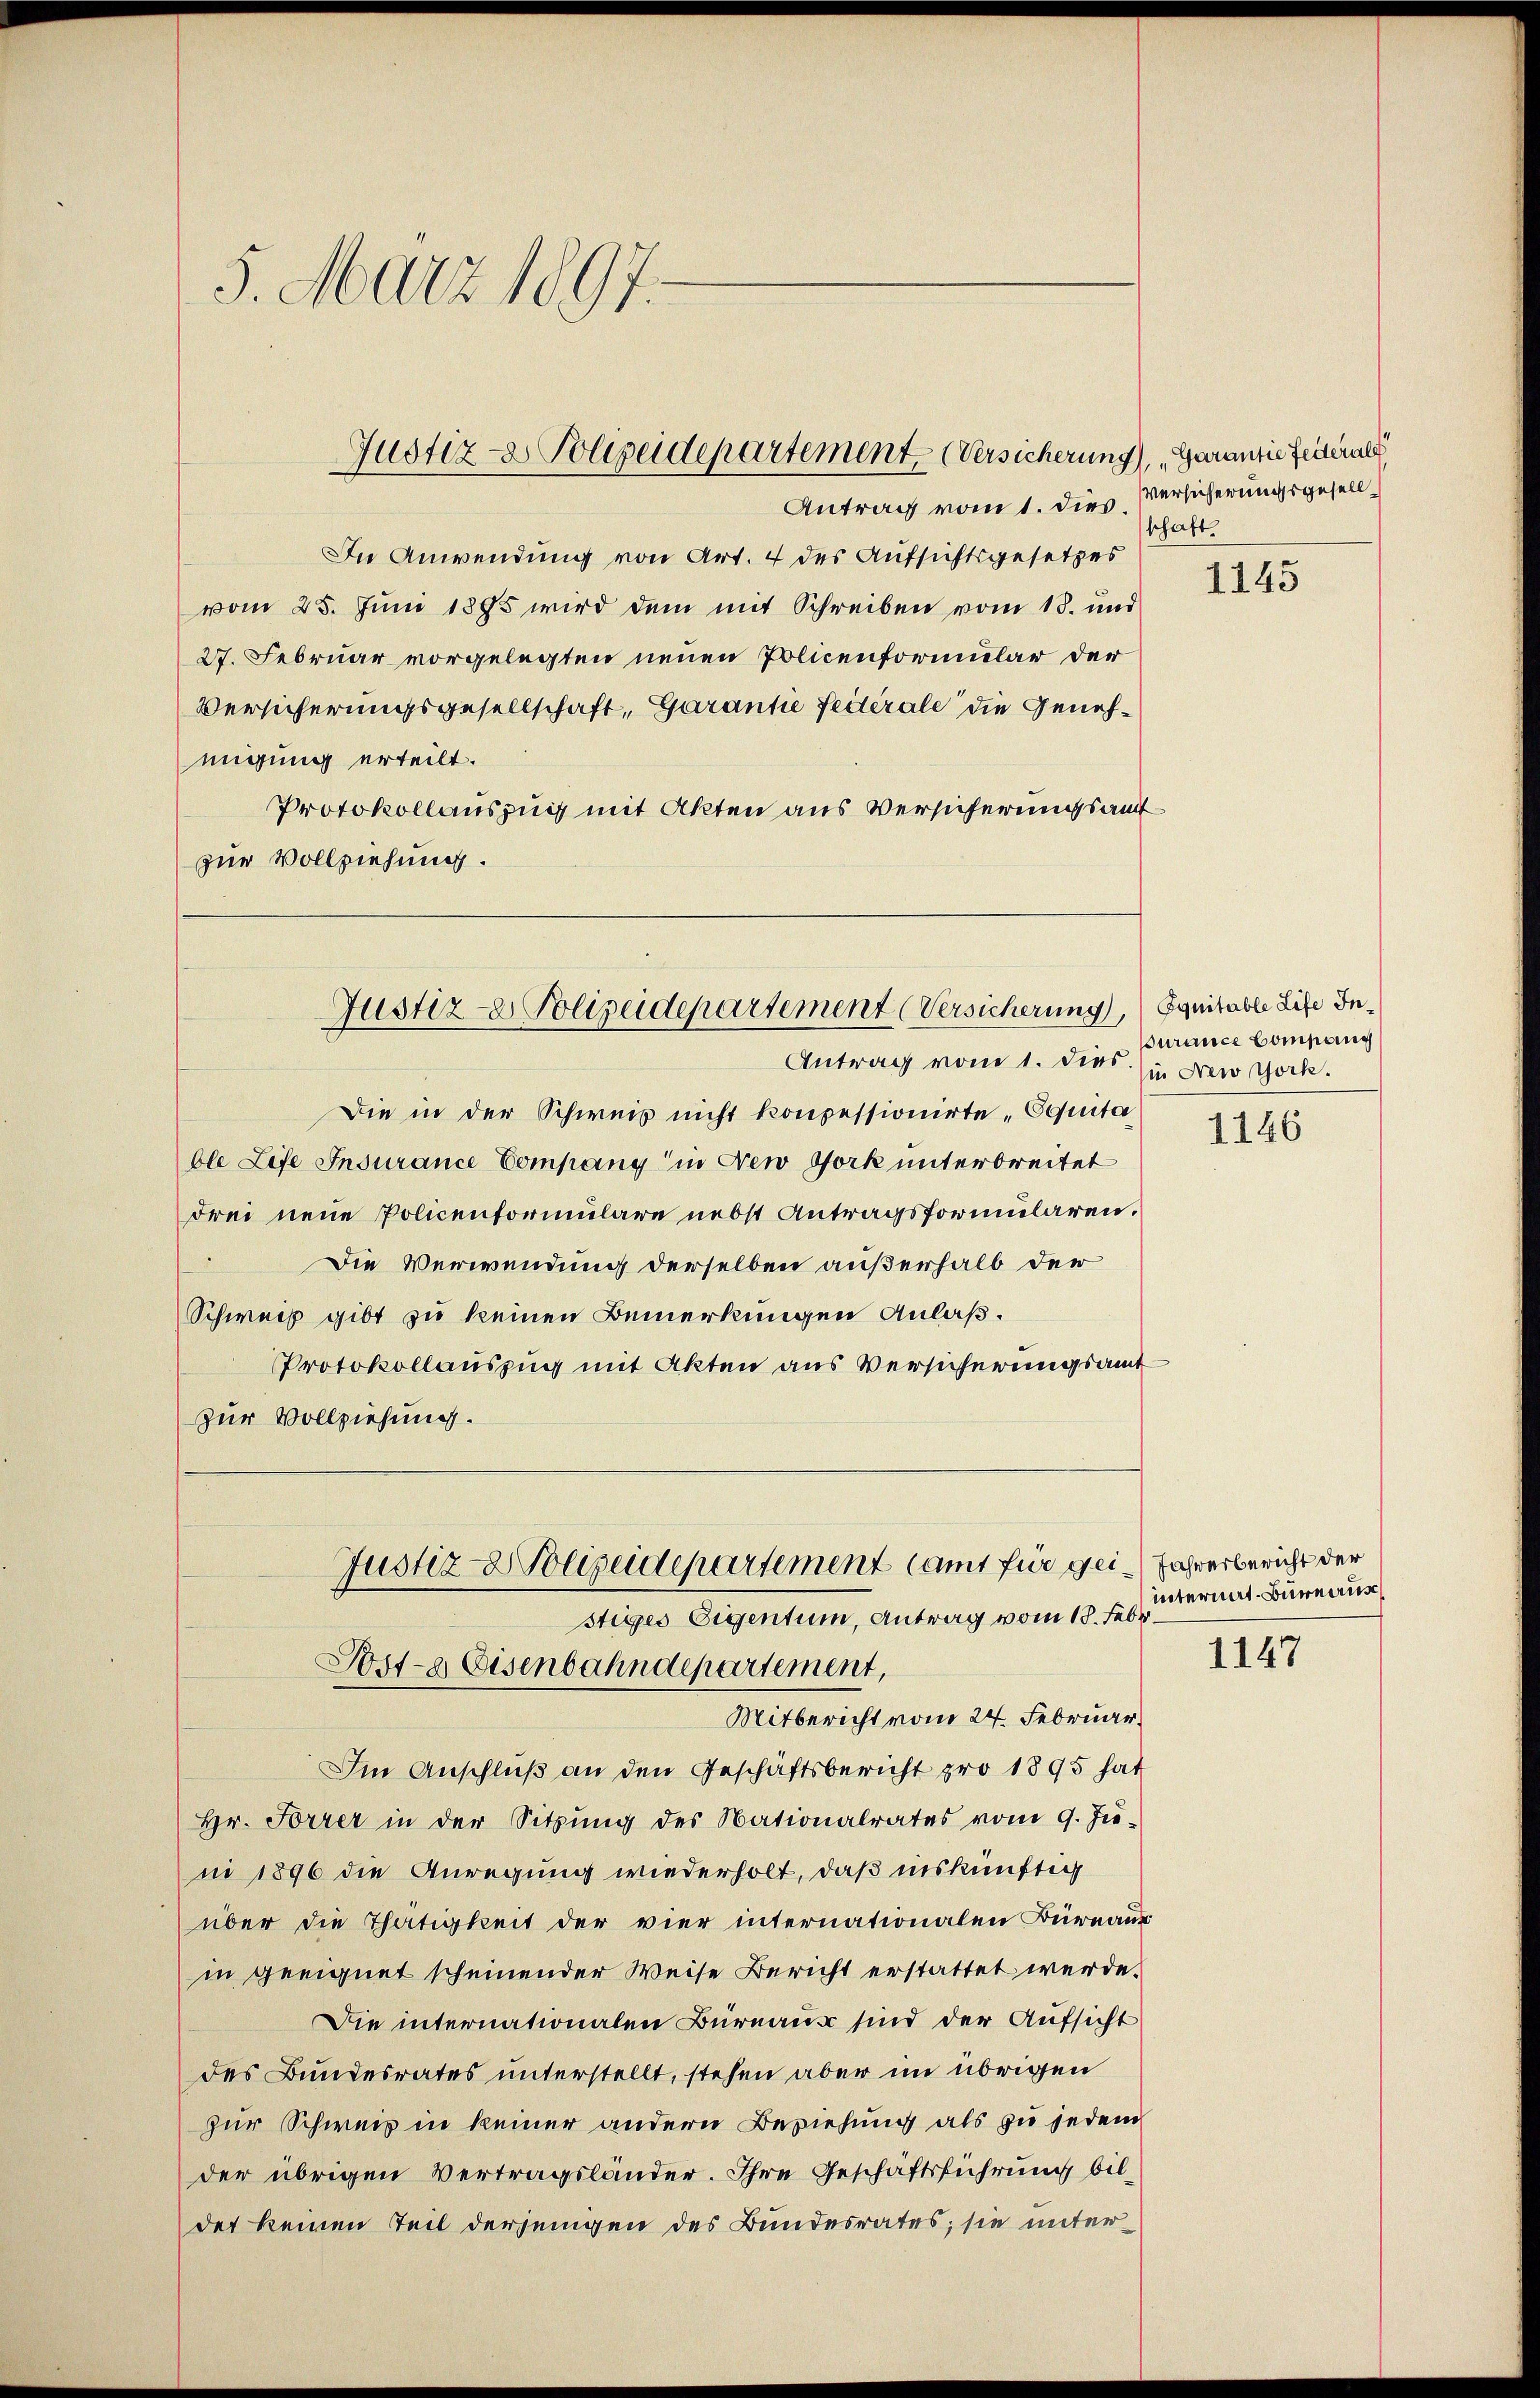
In Anwendung von Art. 4 des Aufsichtsgesetzes
vom 28. Juni 1895 wird dem mit Schreiben vom 18. und
27. Februar vorgelegten neuen Policenformular der
Versicherungsgesellschaft, Garantie federale die Genehnigung erteilt.
Protokollauszug mit Akten aus Versicherungsauf
zur Vollziehung.

5. März 1897.

Justiz- & Polizeidepartement Versicherun
Antrag vom 1. dies.

Die in der Schweis nicht kompessionirte „Equita
ble Life Insurance Company in New York unterbreitet
drei neue Policenformulare nebst Antragsformularen.
Die Verwendung derselben außerhalb der
.
Schweiz gibt zu keinen Bemerkungen Anlaß.
Protokollauszug mit Akten aus Versicherungsamt
zur Vollziehung.
Mitbericht vom 24. Februar.
Im Anschluß an den Geschäftsbericht pro 1895 hat
Hr. Forrer in der Sitzung des Nationalrates vom 9. Juni 1896 die Anregung wiederholt, daß inskünftig
über die Thätigkeit der vier internationalen Büreaus
in geeignet scheinender Weise Bericht erstattet werde.
Die internationalen Büreaus sind der Aufsicht
des Bundesrates unterstellt, stehen aber im übrigen
zur Schweiz in keiner andern Beziehung als zu jedem
der übrigen Vertragsländer. Ihre Geschäftsführung bildet keinen Teil derjenigen des Bundesrates; sie unter¬

Justiz- & Polizeidepartement (Versicherung, Equitable Life In¬
Antrag vom 1. dies in New York.

Justiz- Polizeidepartement samt für gei Jahresbericht der
stiges Eigentum, Antrag vom 18. Febr.
Post- & Eisenbahndepartement,

4). Garantie Feder als
Versicherungsgesellschaft.

1145

Burance Compang

1146

interiert-Büreaus

1147